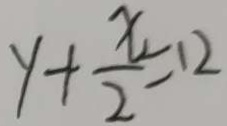
y + \frac { x } { 2 } = 1 2